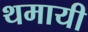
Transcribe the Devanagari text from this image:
थमायी